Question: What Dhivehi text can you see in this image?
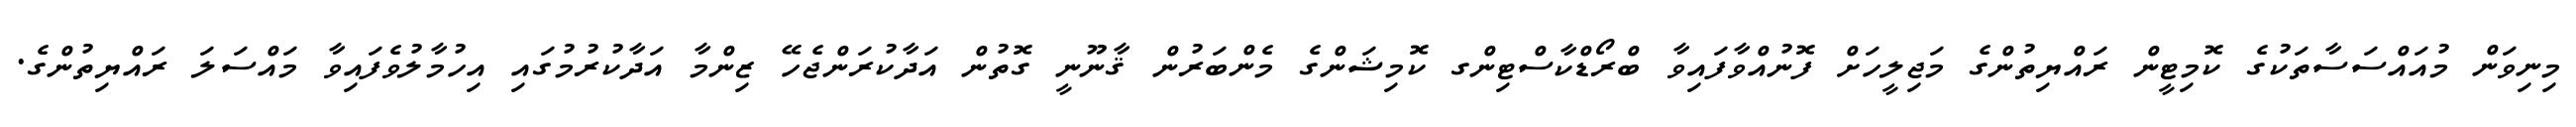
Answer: މިނިވަން މުއައްސަސާތަކުގެ ކޮމިޓީން ރައްޔިތުންގެ މަޖިލީހަށް ފޮނުއްވާފައިވާ ބްރޯޑްކާސްޓިންގ ކޮމިޝަންގެ މެންބަރުން ޤާނޫނީ ގޮތުން އަދާކުރަންޖެހޭ ޒިންމާ އަދާކުރުމުގައި އިހުމާލުވެފައިވާ މައްސަލަ ރައްޔިތުންގެ.